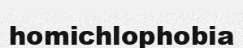
homichlophobia